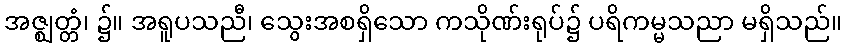
အဇ္ဈတ္တံ၊ ၌။ အရူပသညီ၊ သွေးအစရှိသော ကသိုဏ်းရုပ်၌ ပရိကမ္မသညာ မရှိသည်။